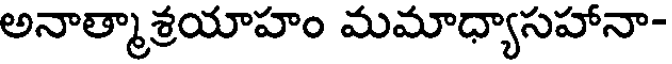
అనాత్మాశ్రయాహం మమాధ్యాసహానా-